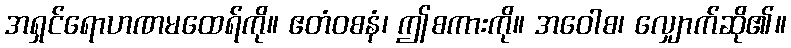
အရှင်ရောဟဏမထေရ်ကို။ ဧတံဝစနံ၊ ဤစကားကို။ အဝေါစ၊ လျှောက်ဆို၏။